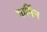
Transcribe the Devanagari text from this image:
गार्मिन